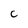
Character: C